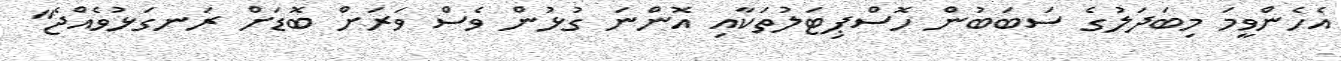
އެހެންވީމަ މިބަދަލުގެ ސަބަބުން ހޮސްޕިޓަލުތަކާއި އޮންނަ ގުޅުން ވެސް ވަރަށް ބޮޑަށް ރަނގަޅުވެއްޖެ"